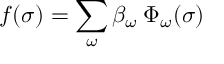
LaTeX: f ( \sigma ) = \sum _ { \omega } \beta _ { \omega } \: \Phi _ { \omega } ( \sigma )